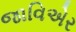
જાવિએર